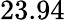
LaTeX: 23.94